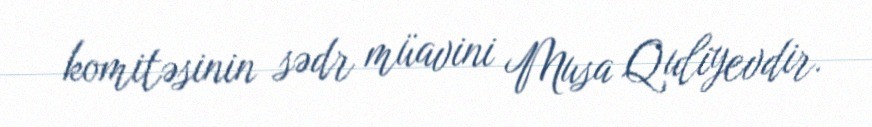
komitəsinin sədr müavini Musa Quliyevdir.